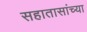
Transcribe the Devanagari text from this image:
सहातासांच्या